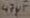
Text: 47µF